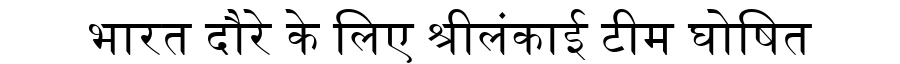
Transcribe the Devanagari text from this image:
भारत दौरे के लिए श्रीलंकाई टीम घोषित